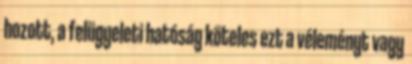
hozott, a felügyeleti hatóság köteles ezt a véleményt vagy